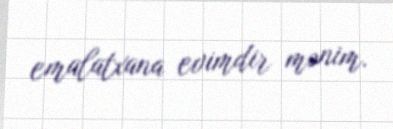
emalatxana evimdir mənim.